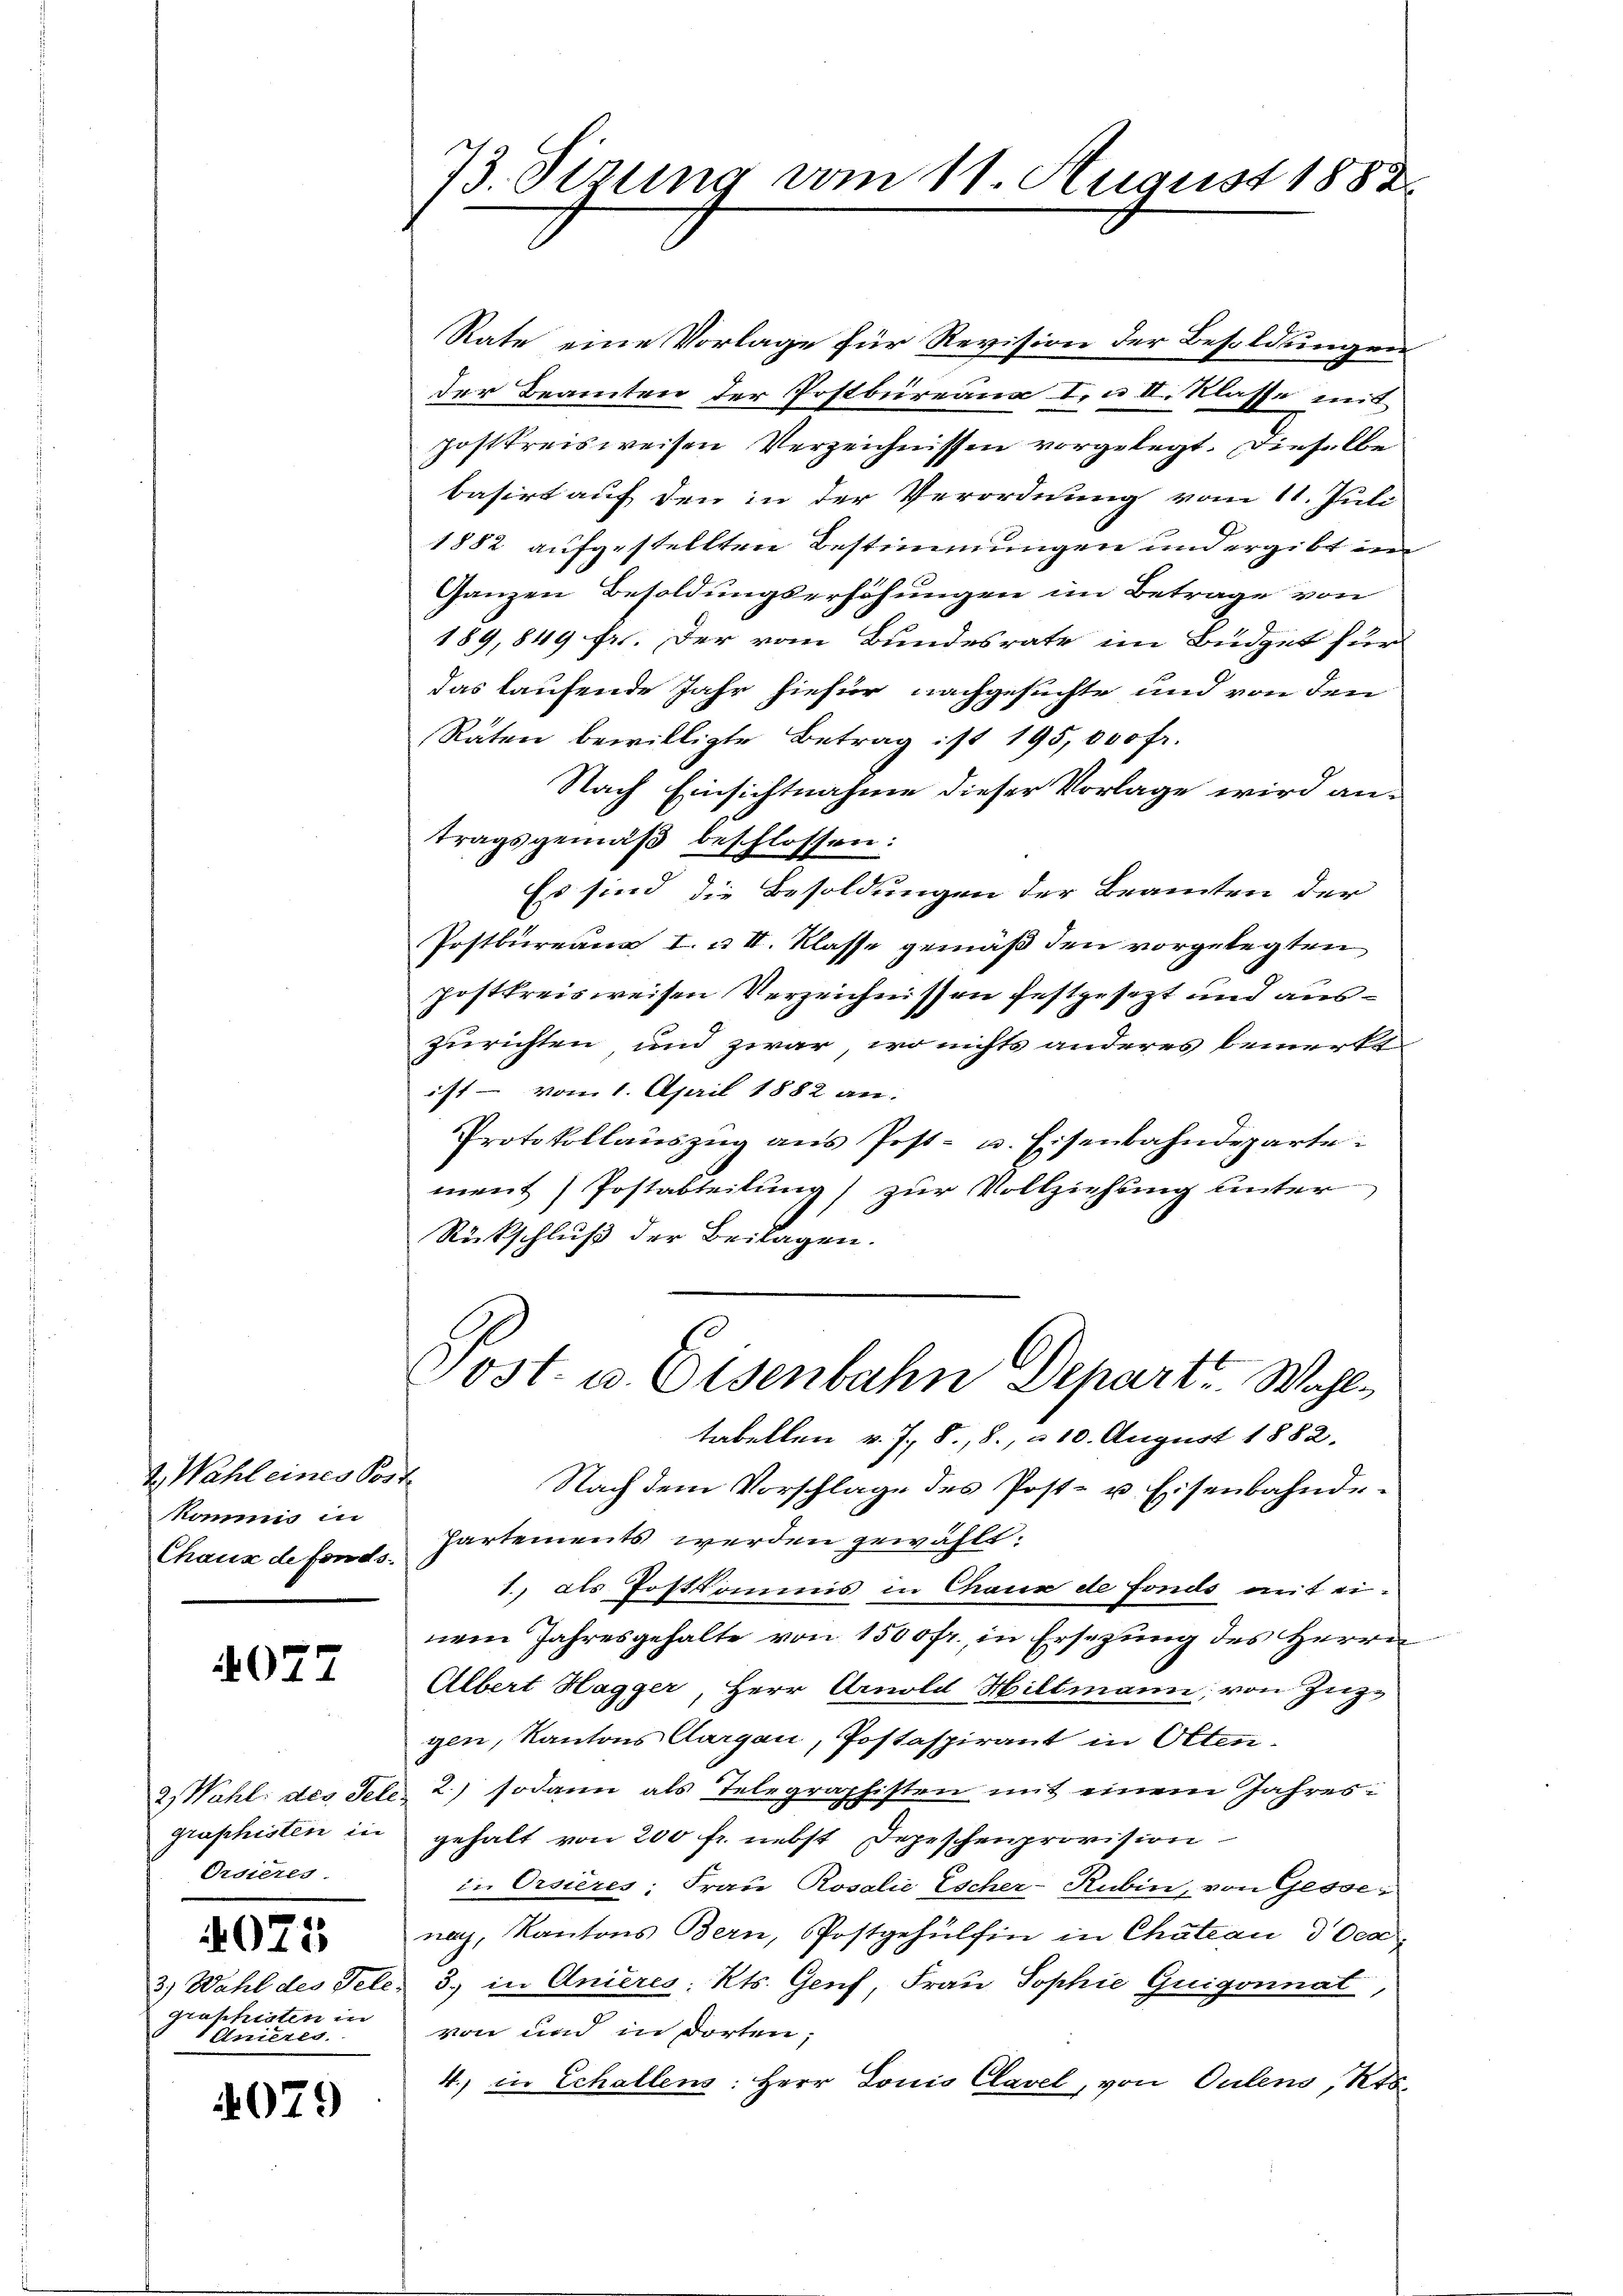
1.) Wahl eines Post
kommis in

4077

2) Wahl des Tele
graphisten in
Orsieres
4075
graphisten in
Ansieres.

4079

73. Sizung vom 11. August 1882

Rate eine Vorlage für Revision der Besoldungen
der Beamten der Postbureaux I. u. II. Klasse mit
postkreisweisen Verzeichnissen vorgelegt. Dieselbe
basirt auf den in der Verordnung vom 11. Juli
1882 aufgestellten Bestimmungen und ergibt im
Ganzen Besoldungserhöhungen im Betrage von
189, 849 Fr. Der vom Bundesrate im Büdget für
das laufende Jahr hiefür nachgesuchte und von den
Raten bewilligte Betrag ist 195, 000 fr.
Nach Einsichtnahme dieser Vorlage wird an-
tragsgemäß beschlossen:
x
Es sind die Besoldungen der Beamten der
Postbureau I. u. II. Klasse gemäß den vorgelegten
postkreisweisen Verzeichnissen festgesezt und auszurichten und zwar, wo nichts anderes bemerkt
ist - vom 1. April 1882 an.
Protokollaŭszŭg ans Post- u. Eisenbahndeparte:
ment Postabteilung) zur Vollziehung unter
Rückschluß der Beilagen.
Post. u. Eisenbahn Depart. Wahltabellen v. J., 8, 8. u 10. August 1882.
Nach dem Vorschlage des Post- u. Eisenbahnde¬
Chaux de fond hartements werden gewählt:
1., als Postkommis in Chaux de fonds mit ei-
nem Jahresgehalte von 1500fr., in Ersezung des Herrn
Albert Hagger, Herr Arnold Hiltmann, von Zug-
gen, Kantons Aargau, Postaspirant in Otten¬
 2) sodann als Telegraphisten mit einem Jahresgehalt von 200 fr. nebst Depeschenprovision
in Orsières: Frau Rosalie Escher-Rubin, von Gessenach, Kantons Bern, Postgehülfen in Chateau d Oes
3.) Wahl des Tele: 3. in Anières Kts. Genf, Frau Sophie Guigonnat
von und in dorten;
4. in Echallens: Herr Louis Clavel, von Oulens, Kts.